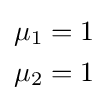
{\begin{aligned}\mu _{1}&=1\\\mu _{2}&=1\end{aligned}}